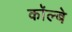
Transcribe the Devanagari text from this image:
कॉल्बे